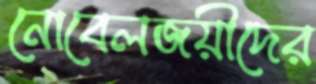
নোবেলজয়ীদের